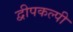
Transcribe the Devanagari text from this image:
द्वीपकल्पी